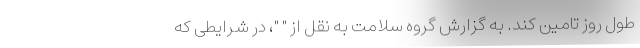
طول روز تامین کند. به گزارش گروه سلامت به نقل از " "، در شرایطی که